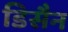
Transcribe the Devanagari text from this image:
डिसैन